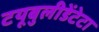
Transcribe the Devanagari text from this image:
टयूबुलीडेंटेटा